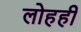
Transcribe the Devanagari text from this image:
लोहही